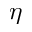
\eta